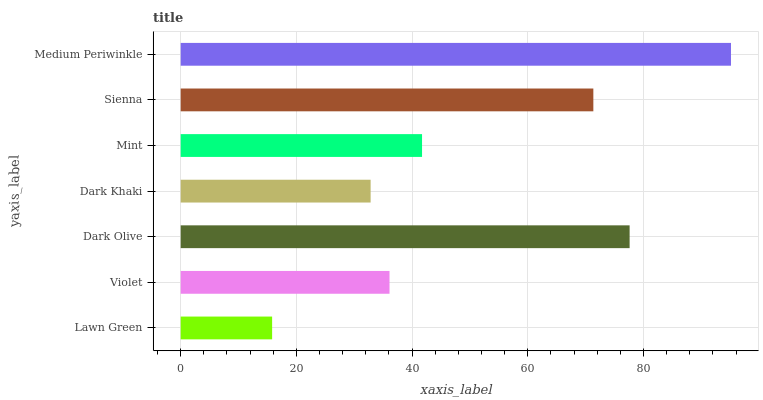
| yaxis_label | bars |
 | --- | --- |
 | Lawn Green | 15.8 |
 | Violet | 36.1 |
 | Dark Olive | 77.6 |
 | Dark Khaki | 32.8 |
 | Mint | 41.7 |
 | Sienna | 71.3 |
 | Medium Periwinkle | 95.1 |